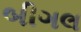
બીગલ